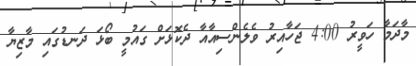
މާދަމާ ހަވީރު 4:00 ޖަހާއިރު ވެލެންސިއާއާ ދެކޮޅަށް ގައުމީ ބޯޅަ ދަނޑުގައި މާޒިޔާ